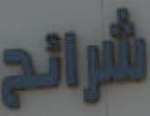
شرائح